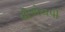
વીએચપી